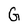
Character: G